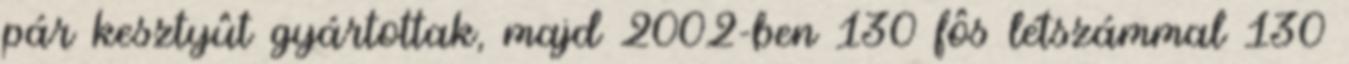
pár kesztyût gyártottak, majd 2002-ben 130 fôs létszámmal 130